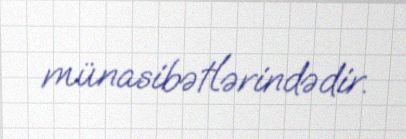
münasibətlərindədir.